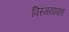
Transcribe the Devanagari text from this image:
विस्मयावहा